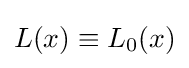
L(x)\equiv L_{0}(x)